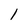
Character: 1